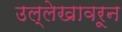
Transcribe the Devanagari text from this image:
उल्लेखावरून